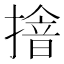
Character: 摿